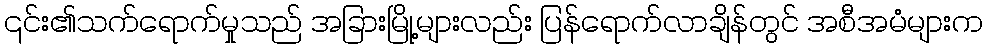
၎င်း၏သက်ရောက်မှုသည် အခြားမြို့များလည်း ပြန်ရောက်လာချိန်တွင် အစီအမံများက